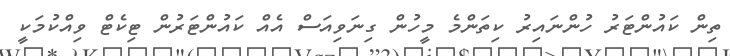
ތިން ކައުންޓަރު ހުންނައިރު ކިތަންމެ މީހުން ގިނަވިއަސް އެއް ކައުންޓަރުން ޓިކެޓް ވިއްކުމަކީ